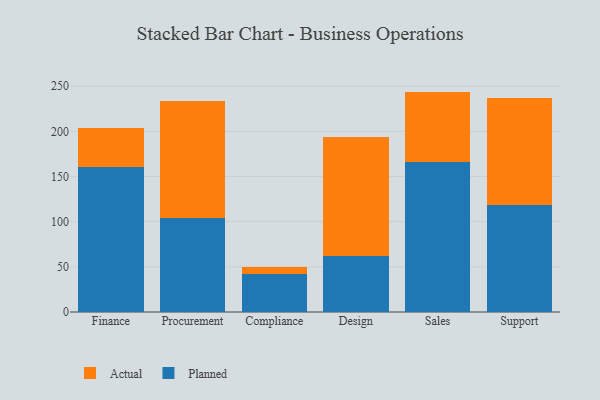
{"axis": {"x": "Department", "y": "Market Share (%)"}, "legend": ["Actual", "Planned"], "data": [{"x": "Finance", "y": 160.6, "type": "Planned"}, {"x": "Finance", "y": 43.3, "type": "Actual"}, {"x": "Procurement", "y": 103.8, "type": "Planned"}, {"x": "Procurement", "y": 129.4, "type": "Actual"}, {"x": "Compliance", "y": 42.3, "type": "Planned"}, {"x": "Compliance", "y": 7.9, "type": "Actual"}, {"x": "Design", "y": 62.0, "type": "Planned"}, {"x": "Design", "y": 131.3, "type": "Actual"}, {"x": "Sales", "y": 165.7, "type": "Planned"}, {"x": "Sales", "y": 78.3, "type": "Actual"}, {"x": "Support", "y": 119.0, "type": "Planned"}, {"x": "Support", "y": 118.2, "type": "Actual"}]}